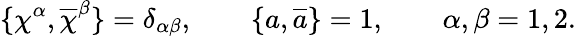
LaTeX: \{ \chi^{\alpha},\overline{{{\chi}}}^{\beta}\} =\delta_{\alpha\beta},\qquad\{ a,\overline{{{a}}}\} =1,\qquad\alpha,\beta=1,2.